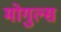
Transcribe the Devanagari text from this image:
मोगुल्स